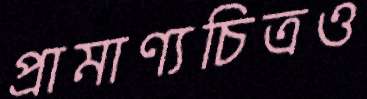
প্রামাণ্যচিত্রও